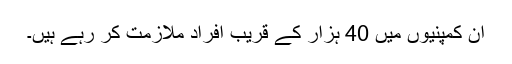
ان کمپنیوں میں 40 ہزار کے قریب افراد ملازمت کر رہے ہیں۔